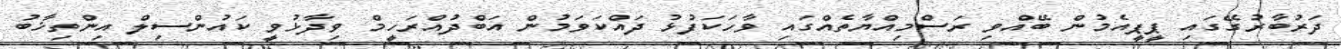
ދަރުބާރުގޭގައި ޕީޕީއެމުން ބޭއްވި ރަސްމިއްޔާތެއްގައި ވާހަކަފުޅު ދައްކަވަމުން އަބްދުއްރަހީމް ވިދާޅުވީ ކައުންސިލް އިންތިޚާބު